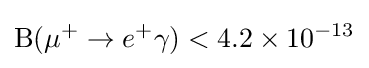
\mathrm {B} (\mu ^{+}\to e^{+}\gamma )<4.2\times 10^{-13}